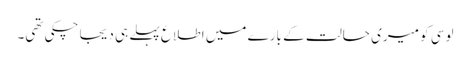
لوسی کو میری حالت کے بارے میں اطلاع پہلے ہی دیجا چکی تھی۔